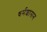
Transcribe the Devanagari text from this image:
धर्मशासन